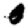
Digit: 0